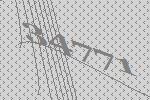
34771